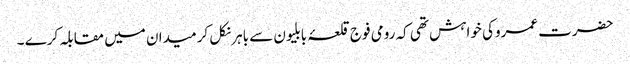
حضرت عمروکی خواہش تھی کہ رومی فوج قلعۂ بابلیون سے باہر نکل کر میدان میں مقابلہ کرے ۔